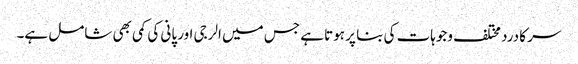
سر کا درد مختلف وجوہات کی بنا پر ہوتا ہے جس میں الرجی اور پانی کی کمی بھی شامل ہے۔